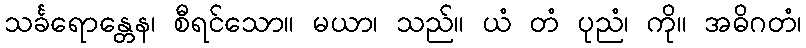
သင်္ခရောန္တေန၊ စီရင်သော။ မယာ၊ သည်။ ယံ တံ ပုညံ၊ ကို။ အဓိဂတံ၊